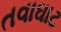
તવાઘાટ